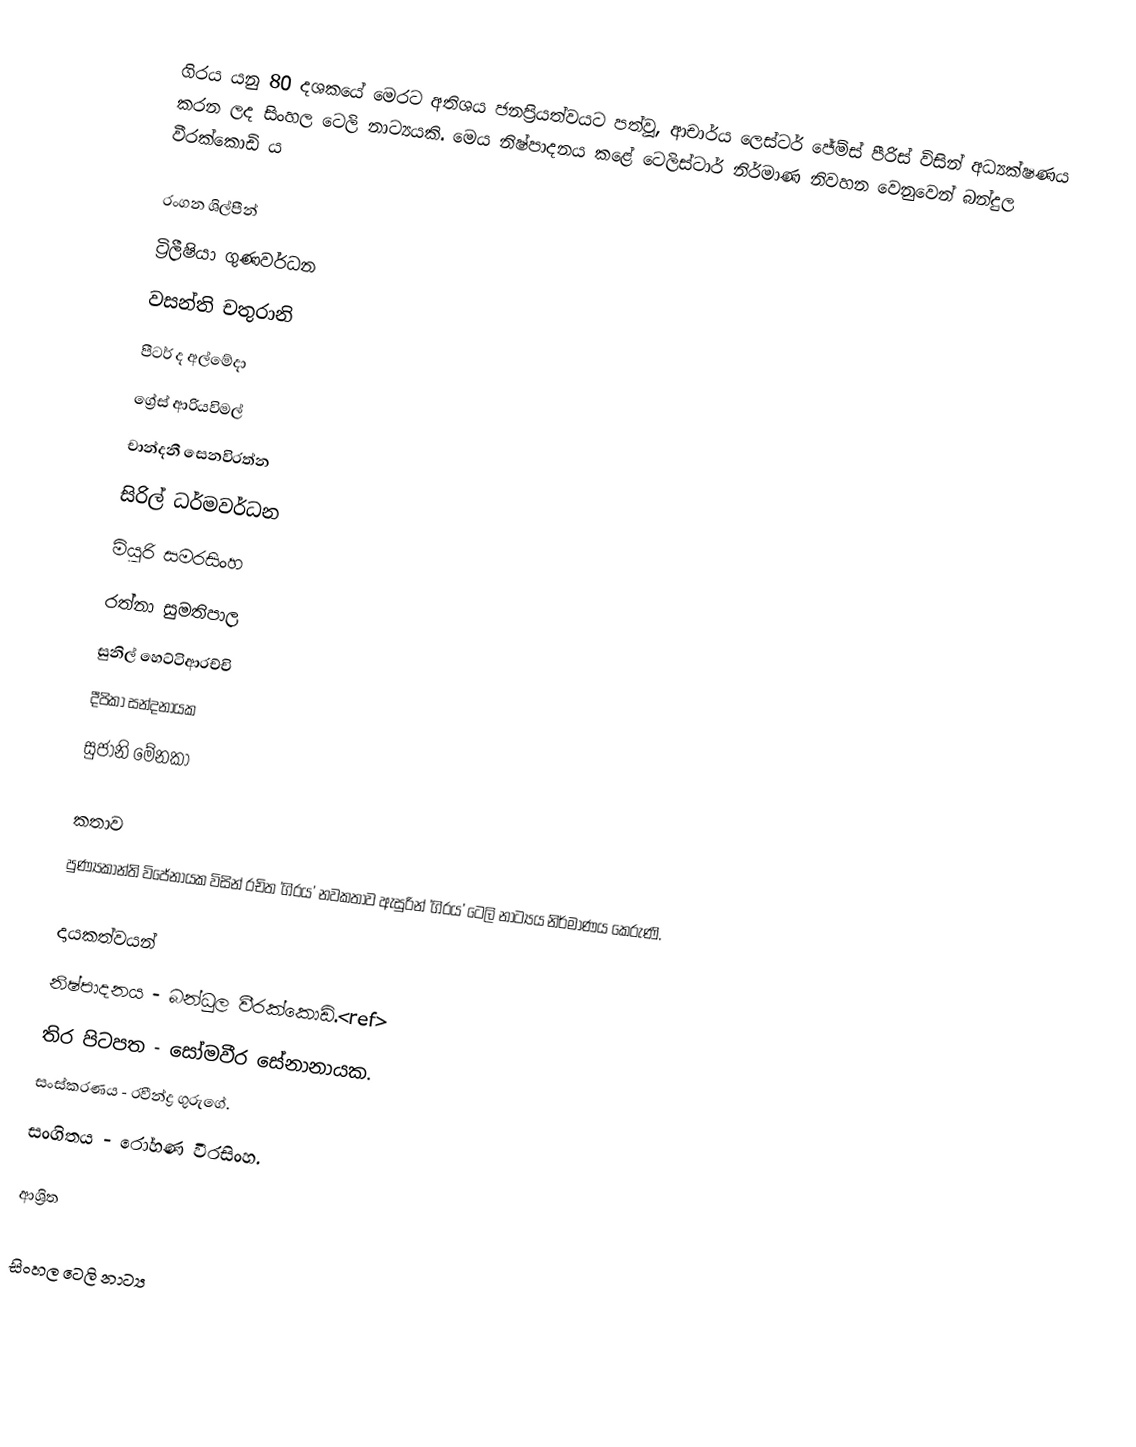
ගිරය යනු 80 දශකයේ මෙරට අතිශය ජනප්‍රියත්වයට පත්වූ, ආචාර්ය ලෙස්ටර් ජේම්ස් පීරිස් විසින් අධ්‍යක්ෂණය කරන ලද සිංහල ටෙලි නාට්‍යයකි. මෙය නිෂ්පාදනය කළේ ටෙලිස්ටාර් නිර්මාණ නිවහන වෙනුවෙන් බන්දුල වීරක්කොඩි ය

රංගන ශිල්පීන්
ට්‍රිලීෂියා ගුණවර්ධන
වසන්ති චතුරානි
පීටර් ද අල්මේදා
ග්‍රේස් ආරියවිමල්
චාන්දනී සෙනවිරත්න
සිරිල් ධර්මවර්ධන
මියුරි සමරසිංහ
රත්නා සුමතිපාල
සුනිල් හෙට්ටිආරච්චි
දීපිකා සන්දනායක
සුජානි මේනකා

කතාව
පුණ්‍යකාන්ති විජේනායක විසින් රචිත 'ගිරය' නවකතාව ඇසුරින් 'ගිරය' ටෙලි නාට්‍යය නිර්මාණය කෙරුණි.

දායකත්වයන්
නිෂ්පාදනය - බන්ධුල වීරක්කොඩි.<ref>
තිර පිටපත - සෝමවීර සේනානායක.
සංස්කරණය - රවීන්ද්‍ර ගුරුගේ.
සංගිතය - රෝහණ වීරසිංහ.

ආශ්‍රිත

සිංහල ටෙලි නාට්‍ය